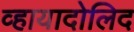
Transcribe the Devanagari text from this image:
व्हायादोलिद